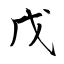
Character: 戊